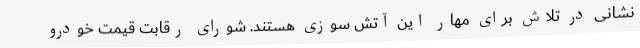
نشانی در تلاش برای مهار این آتش سوزی هستند. شورای رقابت قیمت خودرو